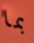
بما